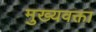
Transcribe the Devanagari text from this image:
मुख्यवक्ता